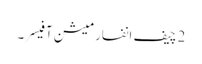
2 چیف انفارمیشن آفیسر۔